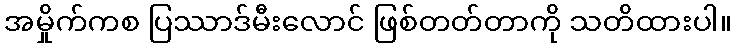
အမှိုက်ကစ ပြဿာဒ်မီးလောင် ဖြစ်တတ်တာကို သတိထားပါ။